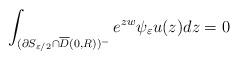
LaTeX: \begin{align*}\int_{(\partial S_{\varepsilon/2} \cap \overline{D}(0,R))^-} e^{zw}\psi_{\varepsilon}u(z)dz = 0\end{align*}